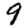
Digit: 9